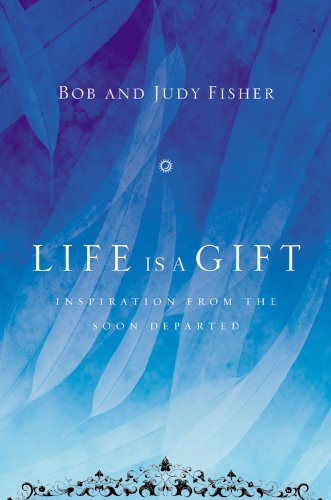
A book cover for Life Is a Gift: Inspiration from the Soon Departed; Bob Fisher; Christian Books & Bibles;